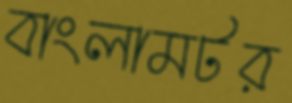
বাংলামটর